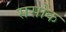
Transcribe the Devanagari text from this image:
ससोक